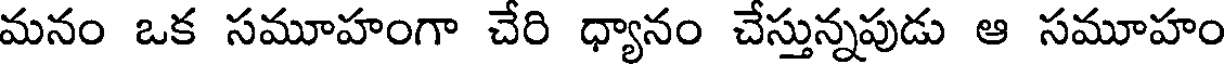
మనం ఒక సమూహంగా చేరి ధ్యానం చేస్తున్నపుడు ఆ సమూహం